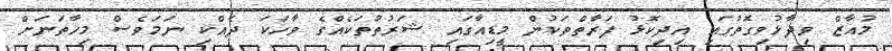
މުއާޒް ވިދާޅުވިގޮތުގައި އިދިކޮޅު ފަރާތްތަކުން މީޑިއާގައި ޝަރުތުތަކެއްގެ ވާހަކަ ދެއްކި ނަމަވެސް މިހާތަނަށް